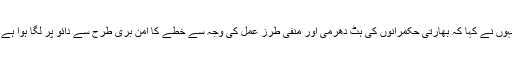
انہوں نے کہا کہ بھارتی حکمرانوں کی ہٹ دھرمی اور منفی طرز عمل کی وجہ سے خطے کا امن بری طرح سے دائو پر لگا ہوا ہے ۔